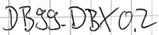
Text: DB99_DBX0.2